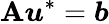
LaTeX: \mathbf{A}\boldsymbol{u}^{*}=\boldsymbol{b}